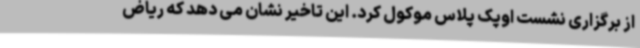
از برگزاری نشست اوپک پلاس موکول کرد. این تاخیر نشان می دهد که ریاض